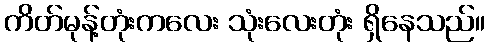
ကိတ်မုန့်တုံးကလေး သုံးလေးတုံး ရှိနေသည်။